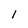
Character: l